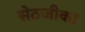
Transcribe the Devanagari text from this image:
सेठजीका